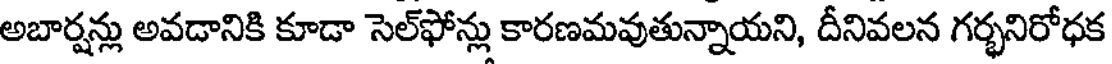
అబార్షన్లు అవడానికి కూడా సెల్ఫోన్లు కారణమవుతున్నాయని, దీనివలన గర్భనిరోధక